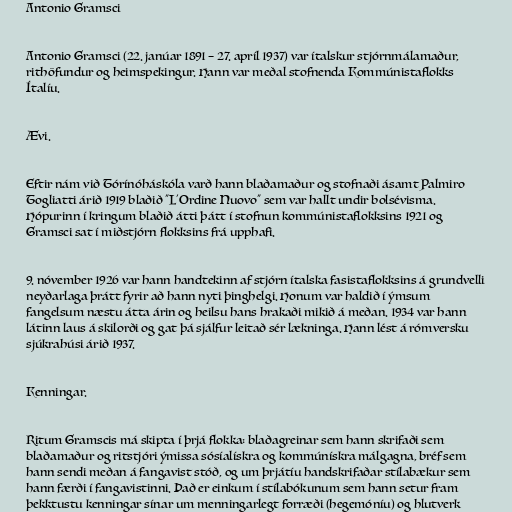
Antonio Gramsci

Antonio Gramsci (22. janúar 1891 – 27. apríl 1937) var ítalskur stjórnmálamaður,
rithöfundur og heimspekingur. Hann var meðal stofnenda Kommúnistaflokks
Ítalíu.

Ævi.

Eftir nám við Tórínóháskóla varð hann blaðamaður og stofnaði ásamt Palmiro
Togliatti árið 1919 blaðið "L'Ordine Nuovo" sem var hallt undir bolsévisma.
Hópurinn í kringum blaðið átti þátt í stofnun kommúnistaflokksins 1921 og
Gramsci sat í miðstjórn flokksins frá upphafi.

9. nóvember 1926 var hann handtekinn af stjórn ítalska fasistaflokksins á grundvelli
neyðarlaga þrátt fyrir að hann nyti þinghelgi. Honum var haldið í ýmsum
fangelsum næstu átta árin og heilsu hans hrakaði mikið á meðan. 1934 var hann
látinn laus á skilorði og gat þá sjálfur leitað sér lækninga. Hann lést á rómversku
sjúkrahúsi árið 1937.

Kenningar.

Ritum Gramscis má skipta í þrjá flokka: blaðagreinar sem hann skrifaði sem
blaðamaður og ritstjóri ýmissa sósíalískra og kommúnískra málgagna, bréf sem
hann sendi meðan á fangavist stóð, og um þrjátíu handskrifaðar stílabækur sem
hann færði í fangavistinni. Það er einkum í stílabókunum sem hann setur fram
þekktustu kenningar sínar um menningarlegt forræði (hegemóníu) og hlutverk